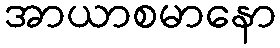
အာယာစမာနော